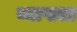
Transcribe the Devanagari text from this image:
व्याप्तता